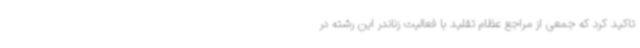
تاکید کرد که جمعی از مراجع عظام تقلید با فعالیت زناندر این رشته در